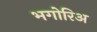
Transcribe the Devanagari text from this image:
भगोरिअ